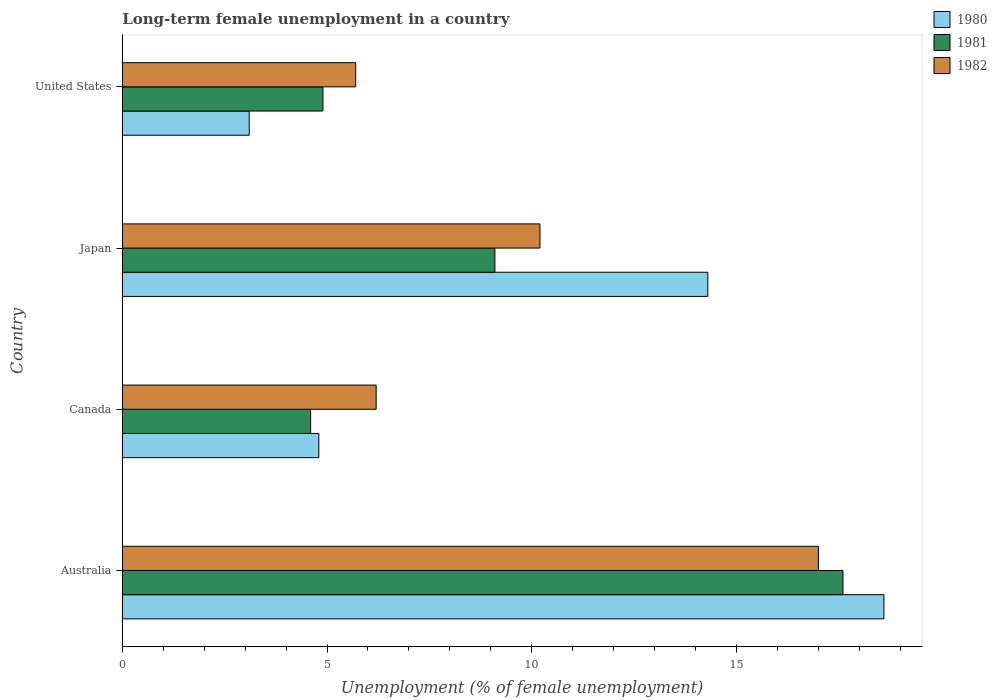
| Country | 1980 | 1981 | 1982 |
 | --- | --- | --- | --- |
 | Australia | 18.6 | 17.6 | 17 |
 | Canada | 4.8 | 4.6 | 6.2 |
 | Japan | 14.3 | 9.1 | 10.2 |
 | United States | 3.1 | 4.9 | 5.7 |